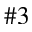
\# 3